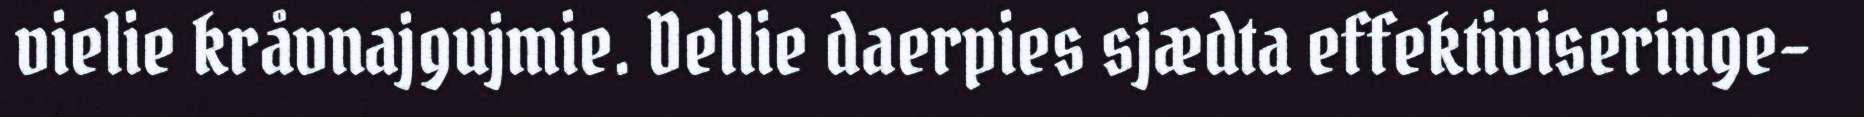
vielie kråvnajgujmie. Dellie daerpies sjædta effektiviseringe-